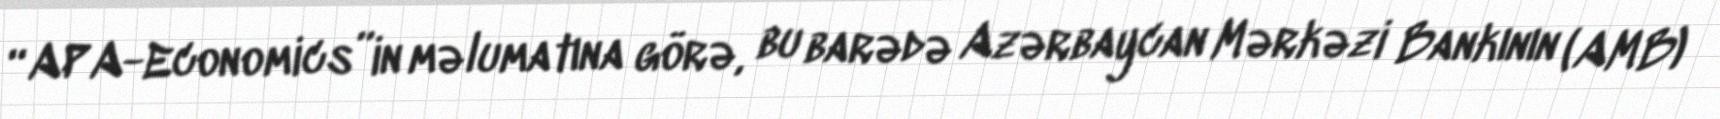
“APA-Economics”in məlumatına görə, bu barədə Azərbaycan Mərkəzi Bankının (AMB)